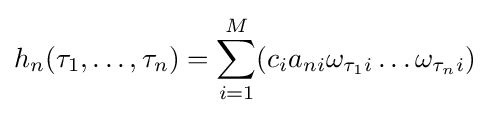
h_{n}(\tau _{1},\dots ,\tau _{n})=\sum _{i=1}^{M}(c_{i}a_{ni}\omega _{\tau _{1}i}\dots \omega _{\tau _{n}i})